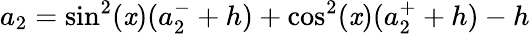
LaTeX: a_{2}=\sin^{2}(\mathit{x})(a_{2}^{-}+h)+\cos^{2}(\mathit{x})(a_{2}^{+}+h)-h